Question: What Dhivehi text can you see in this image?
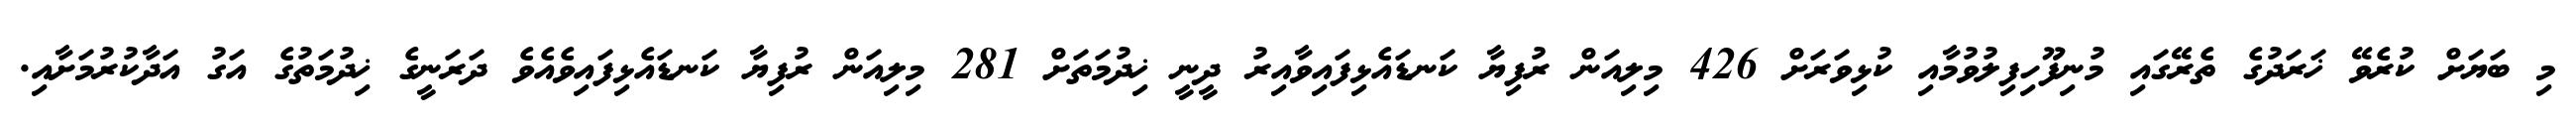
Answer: މި ބަޔަށް ކުރެވޭ ޚަރަދުގެ ތެރޭގައި މުނިފޫހިފިލުވުމާއި ކުޅިވަރަށް 426 މިލިއަން ރުފިޔާ ކަނޑައެޅިފައިވާއިރު ދީނީ ޚިދުމަތަށް 281 މިލިއަން ރުފިޔާ ކަނޑައެޅިފައިވެއެވެ ދަރަނީގެ ޚިދުމަތުގެ އަގު އަދާކުރުމަށާއި.